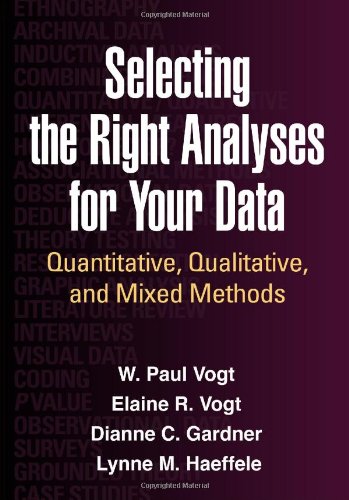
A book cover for Selecting the Right Analyses for Your Data: Quantitative, Qualitative, and Mixed Methods; W. Paul Vogt PhD; Business & Money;